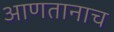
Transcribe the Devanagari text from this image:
आणतानाच